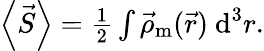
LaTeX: \begin{array}{r}{\left\langle\vec{S}\right\rangle=\frac{1}{2}\int\vec{\rho}_{\textrm{m}}(\vec{r})~\textrm{d}^{3}r.}\end{array}